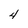
Character: 4